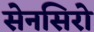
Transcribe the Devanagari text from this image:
सेनसिरो